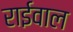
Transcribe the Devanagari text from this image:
राईवाल